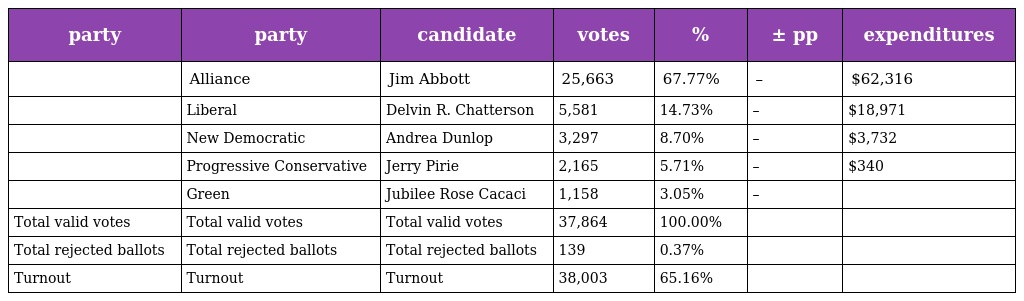
| party | party | candidate | votes | % | ± pp | expenditures |
 | --- | --- | --- | --- | --- | --- | --- |
 |  | Alliance | Jim Abbott | 25,663 | 67.77% | – | $62,316 |
 |  | Liberal | Delvin R. Chatterson | 5,581 | 14.73% | – | $18,971 |
 |  | New Democratic | Andrea Dunlop | 3,297 | 8.70% | – | $3,732 |
 |  | Progressive Conservative | Jerry Pirie | 2,165 | 5.71% | – | $340 |
 |  | Green | Jubilee Rose Cacaci | 1,158 | 3.05% | – |  |
 | Total valid votes | Total valid votes | Total valid votes | 37,864 | 100.00% |  |  |
 | Total rejected ballots | Total rejected ballots | Total rejected ballots | 139 | 0.37% |  |  |
 | Turnout | Turnout | Turnout | 38,003 | 65.16% |  |  |